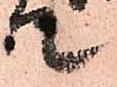
て